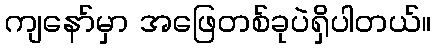
ကျနော်မှာ အဖြေတစ်ခုပဲရှိပါတယ်။